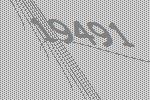
19491